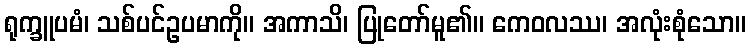
ရုက္ခူပမံ၊ သစ်ပင်ဥပမာကို။ အကာသိ၊ ပြုတော်မူ၏။ ကေဝလဿ၊ အလုံးစုံသော။